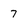
Character: 7